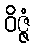
ဝိဇ္ဇံ